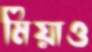
মিয়াও